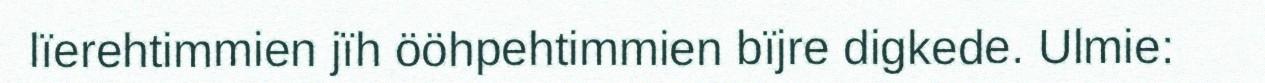
lïerehtimmien jïh ööhpehtimmien bïjre digkede. Ulmie: